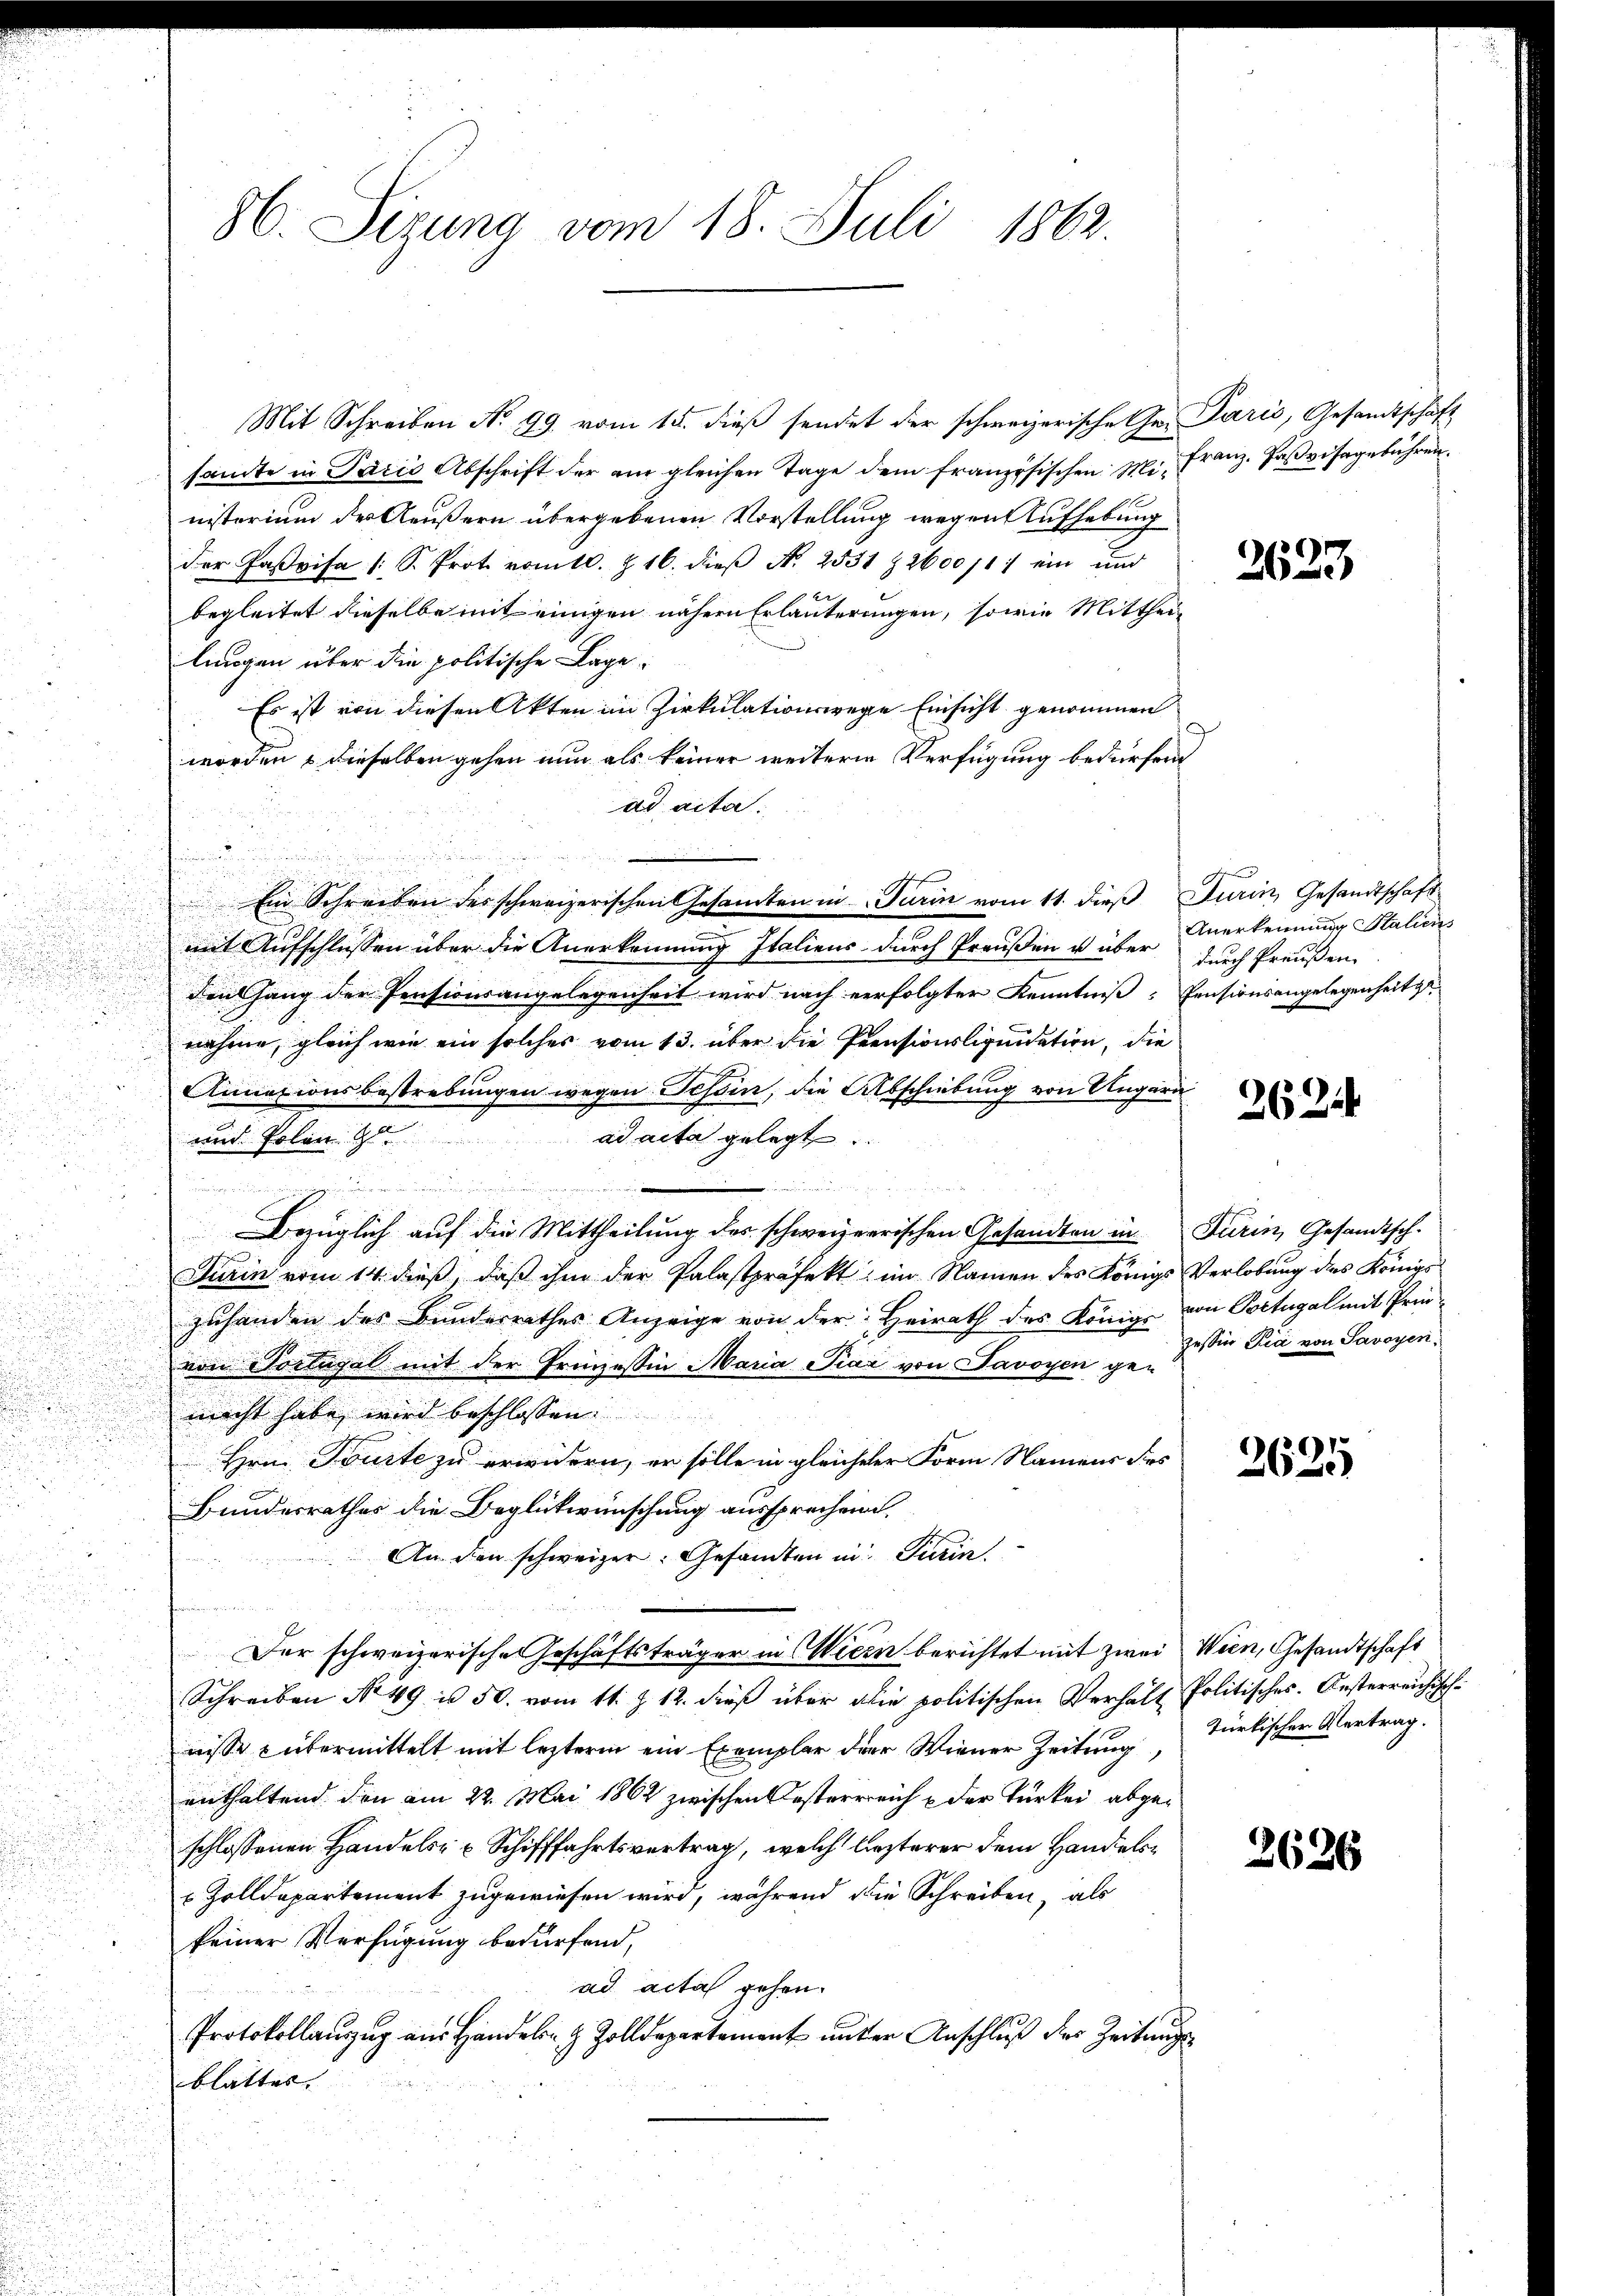
86. Sitzung vom 18. Juli 1862.

Mit Schreiben No 99 vom 15. dieß sendet der schweizerische Gr. Paris, Gesandtschaft
samte in Paris Abschrift der am gleichen Tage dem französischen u. Franz, Pavisagebühren.
nisterium der Aeußern übergebenen Vorstellung wegen Aufhebung
der Paßvisa /: S. Prot. vom 10. Z. 16. dieβ N. 2531 & 2600 /17 ein und
2
begleitet dieselbe mit einigen nähern Erläuterungen, sowie Mittheilungen über die politische Lage,
Es ist von diesen Akten im Zirkulationswege Einsicht genommen
worden & dieselben gehen nun als keiner weitere Verfügung bedürfend
ad acta.
¬
Ein Schreiben des schweizerischen Gesamten in Turin vom 11. dieß Jurin, Gesandtschaft
mit Aufschlüssen über die Anerkennung Italiens durch Preußen u über durch Preußen
.

den Gang der Pensionsangelegenheit wird nach verfolgter Kenntniß: Pensionsangelegenheit s
g
e
nahme, gleich wie ein solches vom 13. über die Prensionsliquidation, die
Annationsbestrebungen wegen Tessin, die Abschiebung von Ungarn
ad acta gelegt.
und Polen Ge

.
.
Bezüglich auf die Mittheilung des schweizerrischen Gesandten in Turin, Gesandtsch.
Turin vom 14. dieß, daß ihm der Palastpräfekt; im Namen des Königs Verlobung des Königs
zuhanden des Bunderrathes Anzeige von der Heirath des Königs von Portugal mit Prievon Vorlegal mit der Prinzessin Maria Piaz von Savoyen ge-
macht habe wird beschlossen. |
d
n
Hrn. Tourte zu erwidern, er solle in gleicheler Form Namens des
d
Bundesrathes die Beglückwünschung aussprechen.
An den schweizer. Gesandten in Turin.
Der schweizerische Geschäftsträger in Wiern berichtet mit zwei Wien, Gesandtschaft
Schreiben No 49 u. 50. vom 11. Z. 12. dieβ über die politischen Verhält Politisches. Oesterreichische
nisse übermittelt mit lezterm ein Exemplar der Wiener Zeitung
enthaltend den am 22. Mai 1862 zwischen Oesterrreich & der Türkei abgeschlossenen Handels- u Schifffahrtsvertrag, welch lezterer dem Handels¬
u Zolldepartement zugewiesen wird, während die Schreiben, als
keiner Verfügung bedürfend,
ad acta gehen.
Protokollauszug aus Handeln & Zolldepartement unter Anschluß der Zeitungsblattes.

2623

Anerkennung Staliens

2624

Zessiv Pia von Savoyen,

2625

türkischer Vertrag.

2626